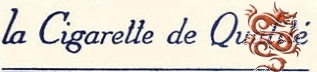
la Cigarette de Qualake